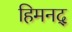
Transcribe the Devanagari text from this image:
हिमनद्